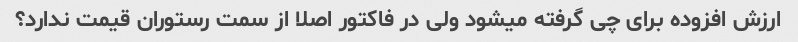
ارزش افزوده برای چی گرفته میشود ولی در فاکتور اصلا از سمت رستوران قیمت ندارد؟